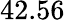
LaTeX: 42.56